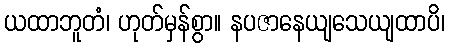
ယထာဘူတံ၊ ဟုတ်မှန်စွာ။ နပဇာနေယျသေယျထာပိ၊